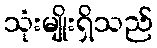
သုံးမျိုးရှိသည်